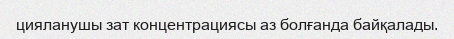
цияланушы зат концентрациясы аз болғанда байқалады.